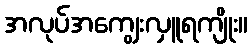
အလုပ်အကျွေးလှူရကျိုး။